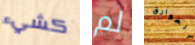
كشيء لم الخوارق